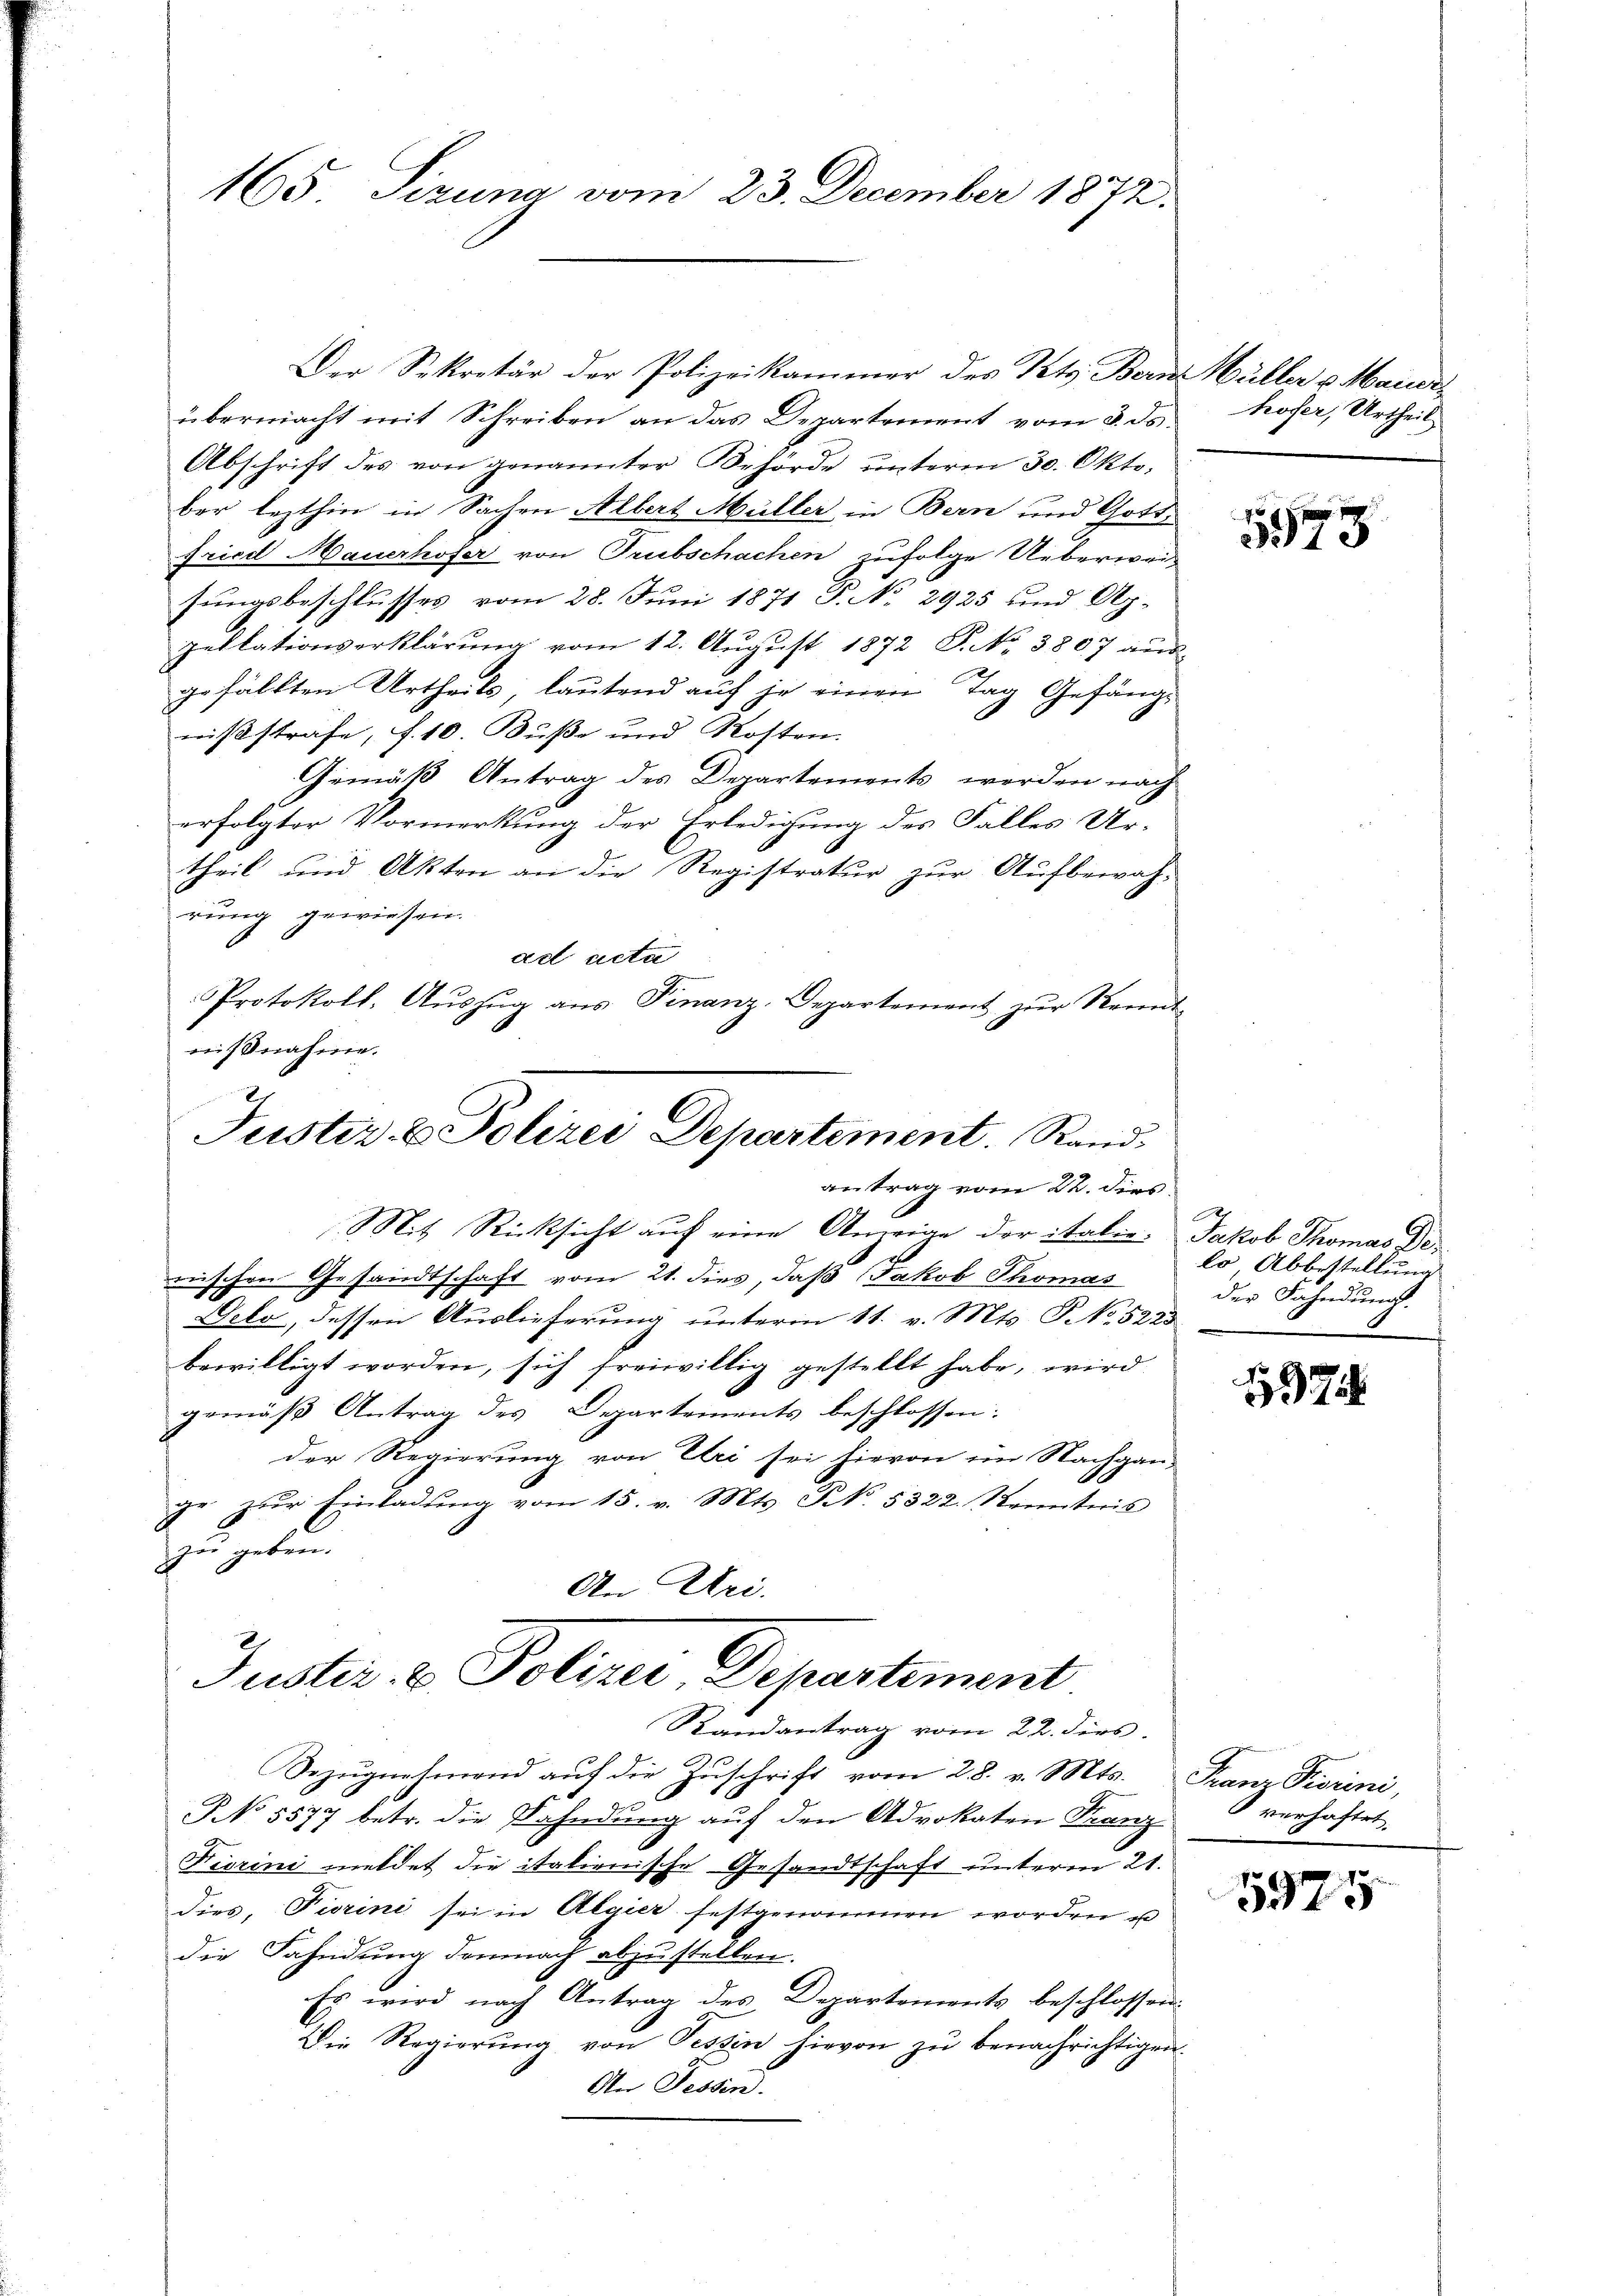
Der Sekretär der Polizeikammer des Kts. Berne Hüller v Mauer
übermacht mit Schreiben an das Departement vom 3. ds.
Abschrift des von genannter Behörde unterm 30. Okto
ber lezthin in Sachen Albert Müller in Bern und Gott,
fried Mauerhofer von Trubschachen zufolge Ueberweisungsbeschlusses vom 28. Juni 1871 P. No 2925 und Ap-
pellationserklärŭng vom 12. Aŭgŭst 1872 S. No. 3807 aŭs-
gefällten Urtheils, lautend auf je einen Tag Gefänge
wißsträfe, f. 10. Buße und Kosten.
Gemäß Antrag des Departements, worden nach
erfolgter Vormerkung der Erledigung des Falles Ur-
theil und Akten an die Registratur zur Aufbewah-
rung gewiesen.
ad acta
Protokoll. Aŭszŭg aŭs Finanz-Departement zŭr Kennt-
nißnahme.

165 Sizung vom 23. December 1872.

7
Justiz- & Polizei Departement. Randantrag vom 22. dies
Mit Rücksicht auf eine Anzeige der italie. Jakob Thomas Pe¬

nischen Gesandtschaft vom 21. dies, daß Jakob Thomas
Gelo, dessen Auslieferung unterm 11. v. Mts. P. No. 5223
bewilligt worden, sich freiwillig gestellt habe, wird
gemäß Antrag des Departements beschlossen:
der Regierung von Elri sei hievon im Nachgan-
ge zŭr Einladung vom 15. v. Mts. S. 5322. Kenntnis
zu geben.
An Uri.

Juster- & Polizei, Departement
Randantrag vom 22. dies

Bezŭgnahmend aŭf die Zŭschrift vom 28. v. Mts. Franz Piorini,
NNo 5577 betr. die Fahndung auf den Advokaten Franz
7
Hierini meldet die italienische Gesandtschaft unterm 21.
dies, Fiorini sei in Algier festgenommen worden u
die Fahndung demnach abzustellen.
Es wird nach Antrag des Departements beschlossen:
Die Regierung von Tessin hievon zu benachrichtigen.
An Fessen.

hofer, Urtheil

1873

lo Abbestellung
der Fahndung.

7

verhaftet.

5975